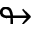
\looparrowright